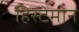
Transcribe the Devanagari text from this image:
हिस्टेमीन